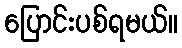
ပြောင်းပစ်ရမယ်။